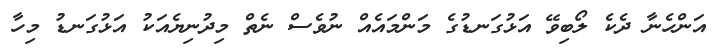
އަންހެނާ ދެކެ ލޯބިވޭ އަޅުގަނޑުގެ މަންމައެއް ނުވެސް ނެތް މިދުނިޔެއަކު އަޅުގަނޑު މިހާ